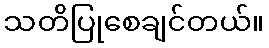
သတိပြုစေချင်တယ်။